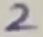
Text: 2